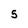
Character: 5